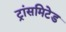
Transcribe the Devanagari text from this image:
ट्रांसमिटेड